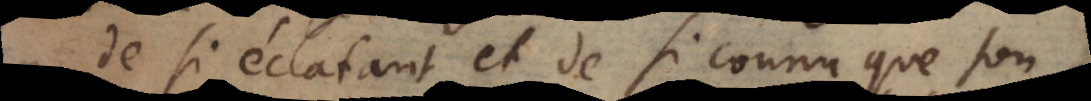
de si éclatant et de si connu que son